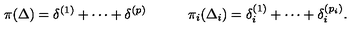
\pi ( \Delta ) = \delta ^ { ( 1 ) } + \cdots + \delta ^ { ( p ) } \qquad \quad \pi _ { i } ( \Delta _ { i } ) = \delta _ { i } ^ { ( 1 ) } + \cdots + \delta _ { i } ^ { ( p _ { i } ) } .